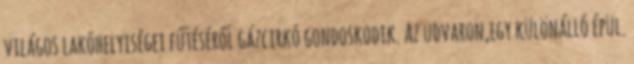
világos lakóhelyiségei fűtéséről gázcirkó gondoskodik. Az udvaron,egy különálló épül.